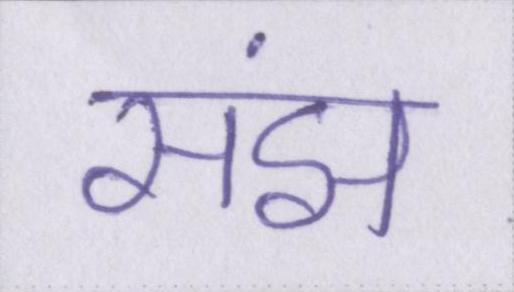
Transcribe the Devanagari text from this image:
संझ